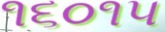
૧૬૦૧૫